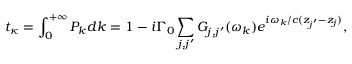
t _ { \kappa } = \int _ { 0 } ^ { + \infty } P _ { k } d k = 1 - i { \Gamma _ { 0 } } \sum _ { j , j ^ { \prime } } ^ { } { { { G _ { j , j ^ { \prime } } } ( \omega _ { k } ) e ^ { i \omega _ { k } / c ( { z _ { j ^ { \prime } } } - { z _ { j } } ) } } } ,